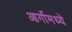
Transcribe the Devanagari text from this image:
आर्गोमध्ये